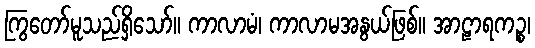
ကြွတော်မူသည်ရှိသော်။ ကာလာမံ၊ ကာလာမအနွယ်ဖြစ်။ အာဠာရကဉ္စ၊